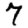
Digit: 7